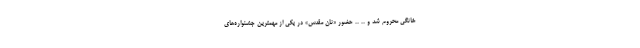
خانگی محروم شد و .. .. حضور «نان مقدس» در یکی از مهمترین جشنواره‌های